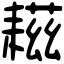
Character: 𦔒